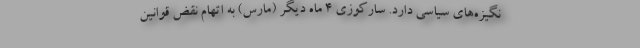
نگیزه‌های سیاسی دارد. سارکوزی 4 ماه دیگر (مارس) به اتهام نقض قوانین